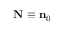
\mathbf { N } \equiv \mathbf { n } _ { 0 }